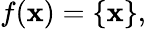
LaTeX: f(\mathbf{x})=\{ \mathbf{x}\} ,